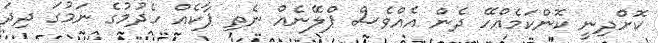
ކޮށްދިނީ ކޮންކަމެއްހޭ ދެން އެއްވެސް ޕްލޭނެއް ނެތި ޕާކެއް ހެދުމުގެ ނަމުގަ ދިދަ